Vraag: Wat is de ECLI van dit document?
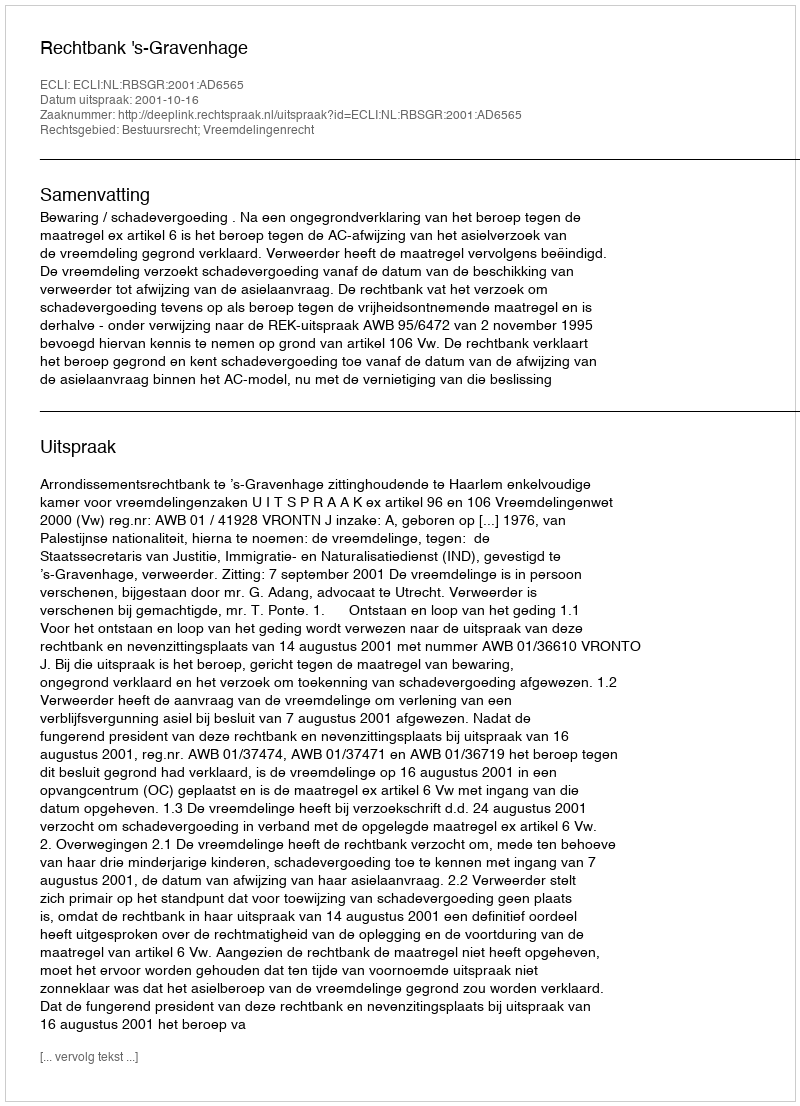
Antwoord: ECLI:NL:RBSGR:2001:AD6565